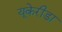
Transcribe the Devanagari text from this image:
यूकेरीडा